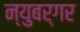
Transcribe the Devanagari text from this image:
न्युबर्गर